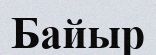
Байыр